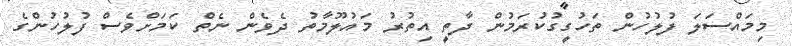
މިމައްސަލަ ފުލުހުން ތަހުގީގުކުރަމުން ދާތީ އިތުރު މައުލޫމާތު ދެވެން ނެތް ކަމަށްވެސް ފުލުހުންގެ